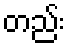
တည်း